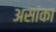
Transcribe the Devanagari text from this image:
असांका